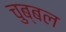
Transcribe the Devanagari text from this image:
चुब्बल